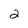
Character: 2